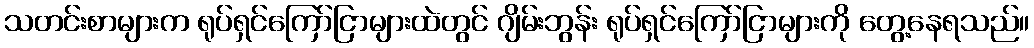
သတင်းစာများက ရုပ်ရှင်ကြော်ငြာများထဲတွင် ဂျိမ်းဘွန်း ရုပ်ရှင်ကြော်ငြာများကို တွေ့နေရသည်။